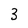
Character: 3